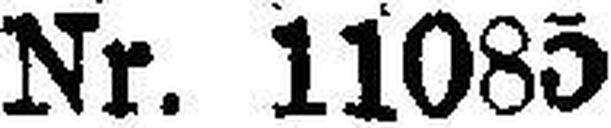
Nr. 11085